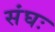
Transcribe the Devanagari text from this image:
संघः